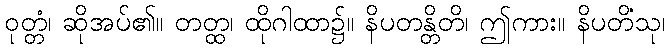
ဝုတ္တံ၊ ဆိုအပ်၏။ တတ္ထ၊ ထိုဂါထာ၌။ နိပတန္တိတိ၊ ဤကား။ နိပတိံသု၊